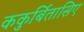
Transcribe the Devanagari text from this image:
ककुर्बितासिए